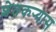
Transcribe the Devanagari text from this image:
शेतकर्‍यास